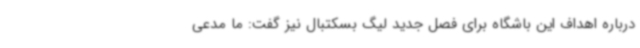
درباره اهداف این باشگاه برای فصل جدید لیگ بسکتبال نیز گفت: ما مدعی